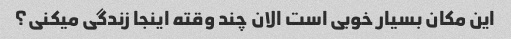
این مکان بسیار خوبی است الان چند وقته اینجا زندگی میکنی؟